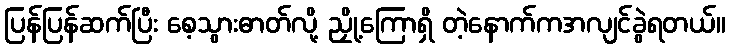
ပြန်ပြန်ဆက်ပြီး စေ့သွားဓာတ်လို့ ညှို့ကြောရှိ တဲ့နောက်ကအလျင်ခွဲရတယ်။